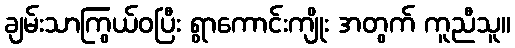
ချမ်းသာကြွယ်ဝပြီး ရွာကောင်းကျိုး အတွက် ကူညီသူ။